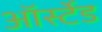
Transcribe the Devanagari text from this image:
ऑर्स्टेड